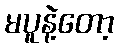
မပူနဲ့တော့